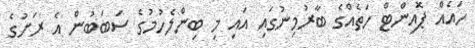
ހައެއް ޕޮއިންޓް ހަތެއްގެ ބާރުމިނުގައި އައި މި ބިންލެހުމުގެ ސަބަބުން އެ ރަށުގެ